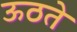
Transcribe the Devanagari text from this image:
ऊठते